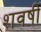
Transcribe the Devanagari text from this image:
शवषी